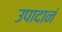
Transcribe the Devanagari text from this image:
उपादानं